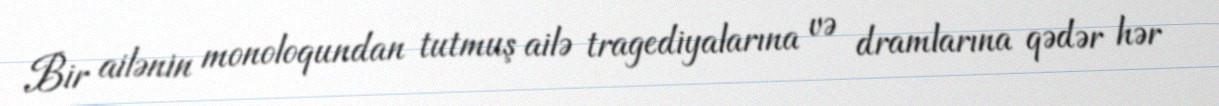
Bir ailənin monoloqundan tutmuş ailə tragediyalarına və dramlarına qədər hər